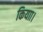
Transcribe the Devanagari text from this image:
कियाा।